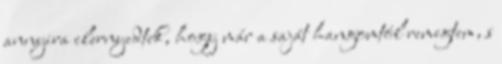
annyira elernyedtek, hogy már a saját hangomtól remegtem, s